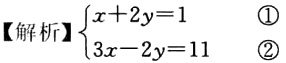
【解析】$\begin{cases}x + 2y = 1 &\textcircled{1}\\3x - 2y = 11 &\textcircled{2}\end{cases}$